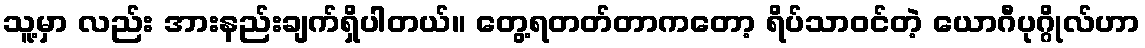
သူ့မှာ လည်း အားနည်းချက်ရှိပါတယ်။ တွေ့ရတတ်တာကတော့ ရိပ်သာဝင်တဲ့ ယောဂီပုဂ္ဂိုလ်ဟာ